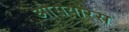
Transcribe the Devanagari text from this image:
ओसयारस